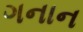
ગનાન